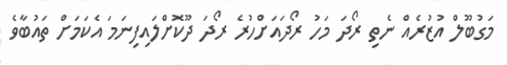
މަގުބޫލް އުޒުރެއް ނެތި ރޯދަ މަހު ރޯދައަށްހުުރެ ރޯދަ ދޫކޮށްލައިފިނަމަ އެކަމަށް ތައުބާވެ